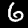
Digit: 6